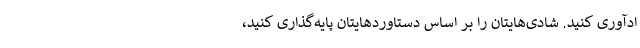
ادآوری کنید. شادی‌هایتان را بر اساس دستاوردهایتان پایه‌گذاری کنید،